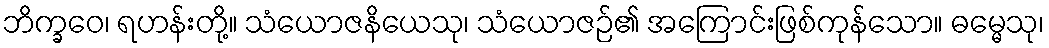
ဘိက္ခဝေ၊ ရဟန်းတို့။ သံယောဇနိယေသု၊ သံယောဇဉ်၏ အကြောင်းဖြစ်ကုန်သော။ ဓမ္မေသု၊